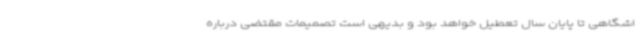
اشگاهی تا پایان سال تعطیل خواهد بود و بدیهی است تصمیمات مقتضی درباره